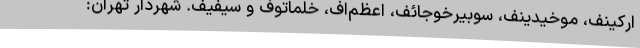
ارکینف، موخیدینف، سوبیرخوجائف، اعظم‌اف، خلماتوف و سیفیف. شهردار تهران: